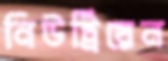
নিউট্রিয়েন